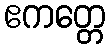
ဧကတ္တေ